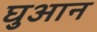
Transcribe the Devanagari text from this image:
घुआन